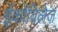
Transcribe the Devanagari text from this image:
ईकोविलेज